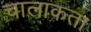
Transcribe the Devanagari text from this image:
चालाकता